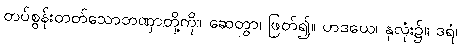
တပ်စွန်းတတ်သောတဏှာတို့ကို။ ဆေတွာ၊ ဖြတ်၍။ ဟဒယေ၊ နှလုံး၌။ ဒရံ၊